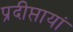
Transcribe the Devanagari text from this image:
प्रदीप्तायां